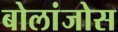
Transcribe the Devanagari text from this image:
बोलांजोस